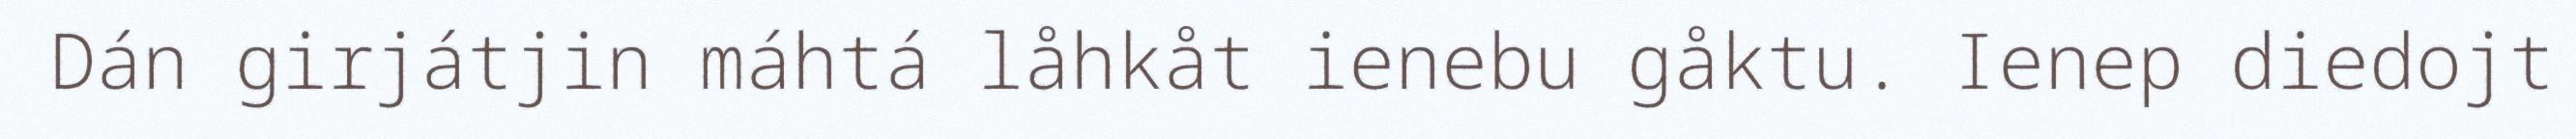
Dán girjátjin máhtá låhkåt ienebu gåktu. Ienep diedojt